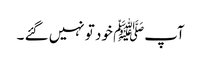
آپﷺ خود تو نہیں گئے ۔